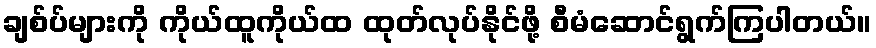
ချစ်ပ်များကို ကိုယ်ထူကိုယ်ထ ထုတ်လုပ်နိုင်ဖို့ စီမံဆောင်ရွက်ကြပါတယ်။